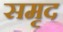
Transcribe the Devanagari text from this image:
समृद